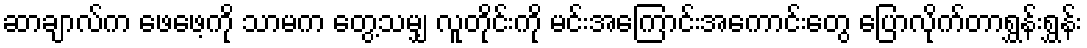
ဆာချာလ်က ဖေဖေ့ကို သာမက တွေ့သမျှ လူတိုင်းကို မင်းအကြောင်းအကောင်းတွေ ပြောလိုက်တာရွှန်းရွှန်း